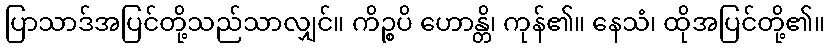
ပြာသာဒ်အပြင်တို့သည်သာလျှင်။ ကိဉ္စပိ ဟောန္တိ၊ ကုန်၏။ နေသံ၊ ထိုအပြင်တို့၏။